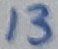
Text: 13